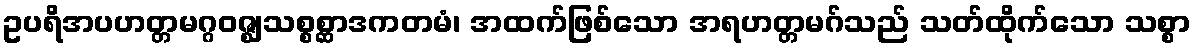
ဥပရိအပဟတ္တမဂ္ဂဝဇ္ဈသစ္စစ္ဆာဒကတမံ၊ အထက်ဖြစ်သော အရဟတ္တမဂ်သည် သတ်ထိုက်သော သစ္စာ